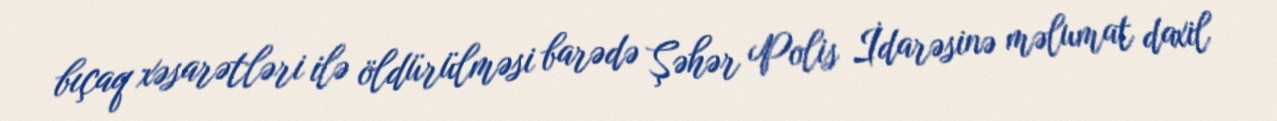
bıçaq xəsarətləri ilə öldürülməsi barədə Şəhər Polis İdarəsinə məlumat daxil